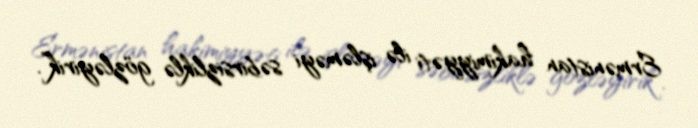
Ermənistan hakimiyyəti ilə işləməyi səbirsizliklə gözləyirik”.